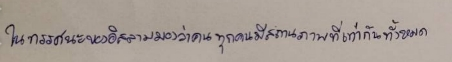
ในทรรศนะของอิสลามมองว่าคนทุกคนมีสถานภาพที่เท่ากันทั้งหมด